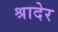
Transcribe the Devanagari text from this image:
श्रादेर